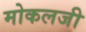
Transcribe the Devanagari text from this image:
मोकलजी